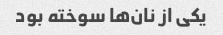
یکی از نان‌ها سوخته بود